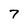
Character: 7